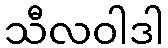
သီလဝါဒါ